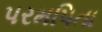
પરમપિતા